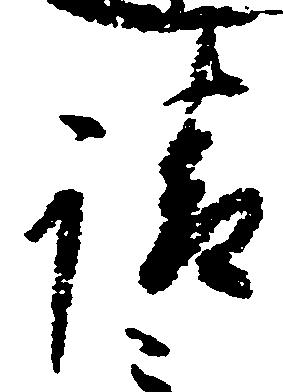
請